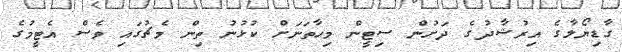
ގާޑިޔޯލާގެ އިރުޝާދުގެ ދަށުން ސިޓީން މިހާތަނަށް ކުޅުނު ތިން މެޗުގައި ވެސް އެޓީމުގެ